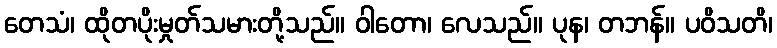
တေသံ၊ ထိုတပိုးမှုတ်သမားတို့သည်။ ဝါတော၊ လေသည်။ ပုန၊ တဘန်။ ပဝိသတိ၊